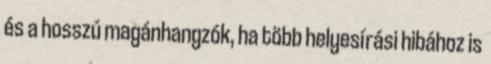
és a hosszú magánhangzók, ha több helyesírási hibához is